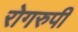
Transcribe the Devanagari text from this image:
रोगरुपी